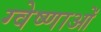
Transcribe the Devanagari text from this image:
ग्वेष्णाओं